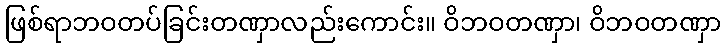
ဖြစ်ရာဘဝတပ်ခြင်းတဏှာလည်းကောင်း။ ဝိဘဝတဏှာ၊ ဝိဘဝတဏှာ